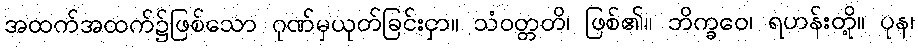
အထက်အထက်၌ဖြစ်သော ဂုဏ်မှယုတ်ခြင်းငှာ။ သံဝတ္တတိ၊ ဖြစ်၏။ ဘိက္ခဝေ၊ ရဟန်းတို့။ ပုန၊